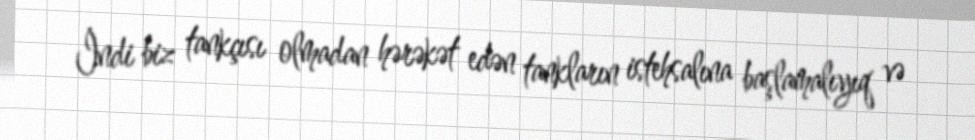
İndi biz tankçısı olmadan hərəkət edən tankların istehsalına başlamalıyıq və